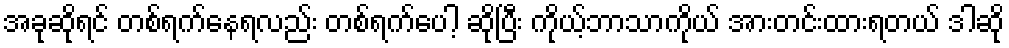
အခုဆိုရင် တစ်ရက်နေရလည်း တစ်ရက်ပေါ့ ဆိုပြီး ကိုယ့်ဘာသာကိုယ် အားတင်းထားရတယ် ဒါဆို